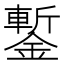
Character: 鏨